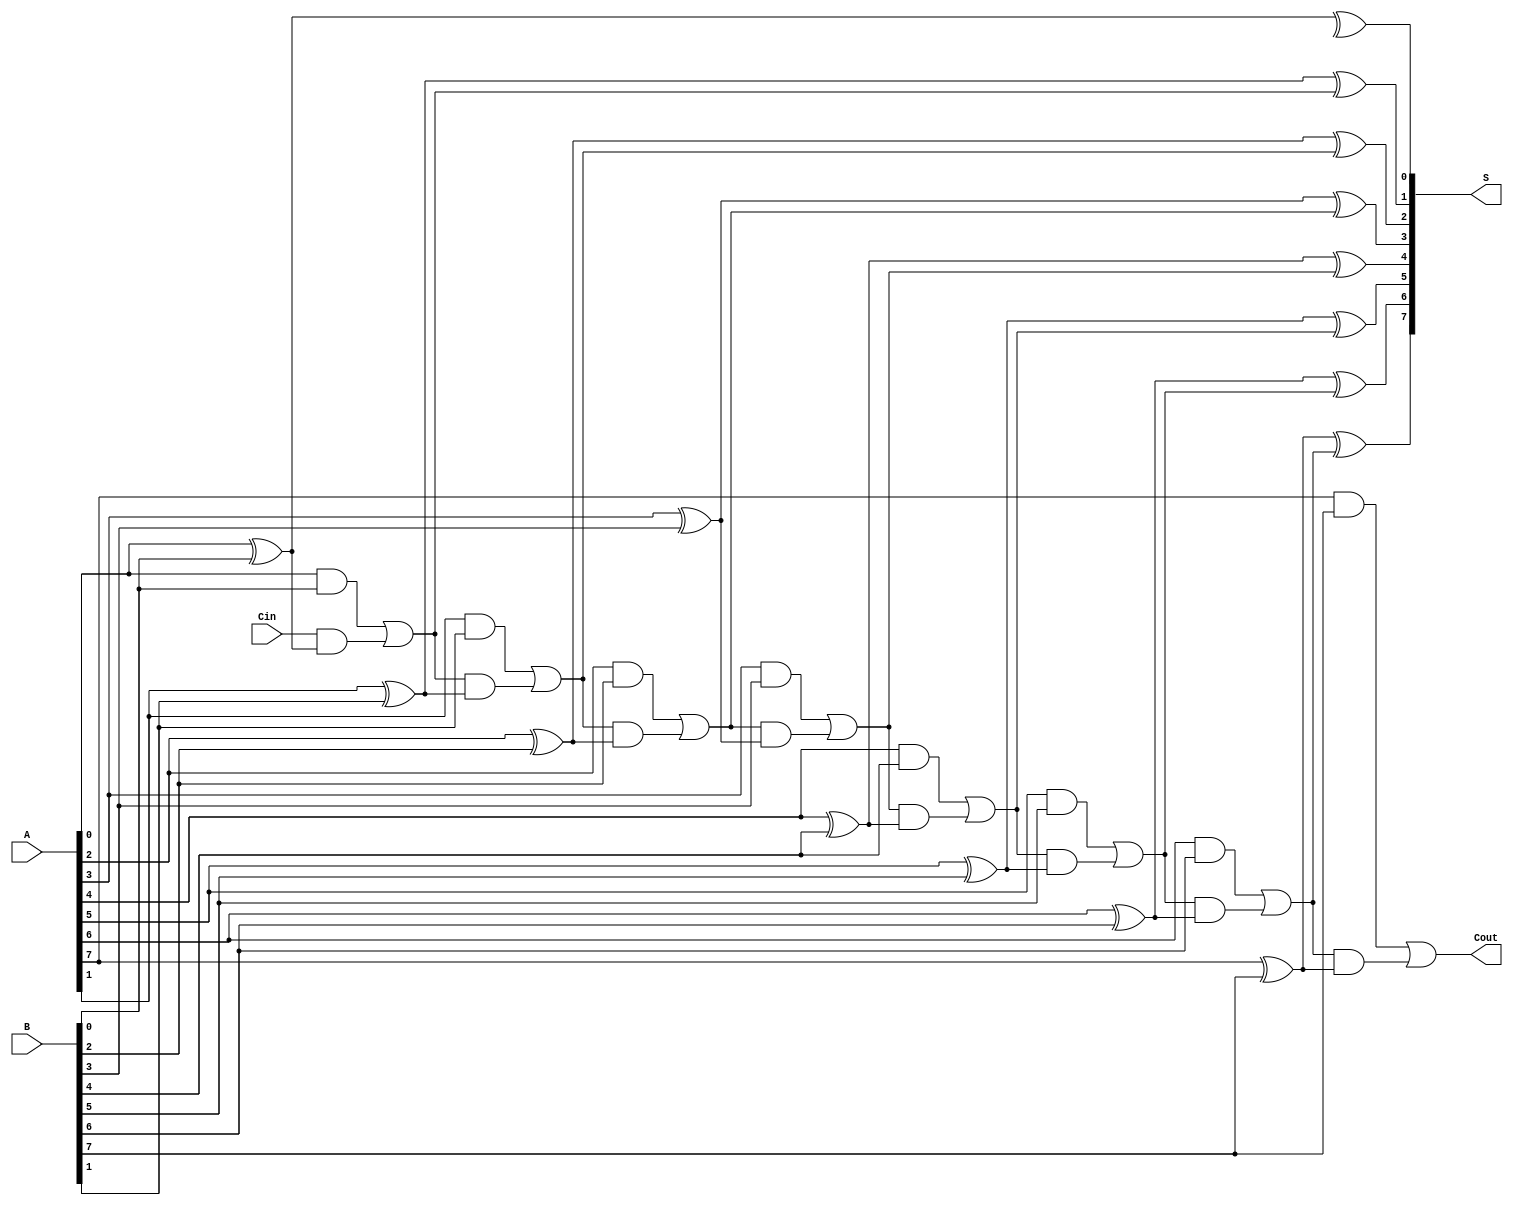
module ConditionalSumAdder #(
    parameter N = 8 // Bit width
) (
    input  wire [N-1:0] A,      // First n-bit input
    input  wire [N-1:0] B,      // Second n-bit input
    input  wire Cin,             // Carry-in
    output wire [N-1:0] S,       // Sum output
    output wire Cout             // Carry-out
);

// Internal wires for carries and partial sums
wire [N:0] C; // Carry outputs (C[0] is Cin, C[n] is Cout)
wire [N-1:0] P; // Partial sums

// Generate Carries and Partial Sums
genvar i;
generate
    for (i = 0; i < N; i = i + 1) begin : CSA_stage
        // Partial Sum
        assign P[i] = A[i] ^ B[i] ^ C[i]; // P[i] = A[i] XOR B[i] XOR C[i]
        
        // Carry Logic
        if (i == 0) begin
            // First carry output (C[0] is Cin)
            assign C[i+1] = (A[i] & B[i]) | (Cin & (A[i] ^ B[i])); // C[1] calculation
        end else begin
            assign C[i+1] = (A[i] & B[i]) | (C[i] & (A[i] ^ B[i])); // C[i+1] calculation
        end
    end
endgenerate

// Final sum and carry out
assign S = P; // The sum output
assign Cout = C[N]; // Final Carry-out

endmodule